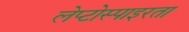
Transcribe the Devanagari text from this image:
लेप्टोस्पाइरता